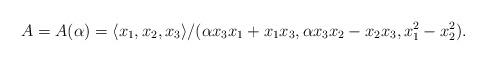
LaTeX: \begin{align*}A = A(\alpha) = \langle x_1, x_2, x_3 \rangle/(\alpha x_3x_1 + x_1 x_3, \alpha x_3x_2- x_2x_3, x_1^2 - x_2^2).\end{align*}